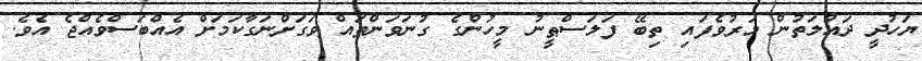
ޔަހުދީ ދައުލަތުން މަރުވެފައި ތިބޭ ފަލަސްޠީނު މީހުންގެ ގުނަވަންތައް ވަގަށްނަގާކަމަށް އެއްބަސްވެއްޖެ އެވެ.